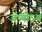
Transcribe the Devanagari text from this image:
जप्योऽयं